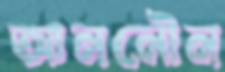
আননৌন